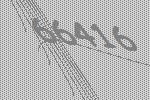
66416